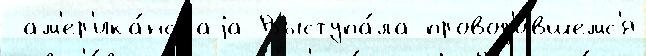
 ам'ер'ика́нскаjа Выступа́ла провод'и́вшемс'я